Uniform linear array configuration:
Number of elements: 32
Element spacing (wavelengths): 0.25
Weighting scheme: exponential
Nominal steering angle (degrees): -60
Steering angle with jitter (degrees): -59.836
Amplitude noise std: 0.05
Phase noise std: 0.05

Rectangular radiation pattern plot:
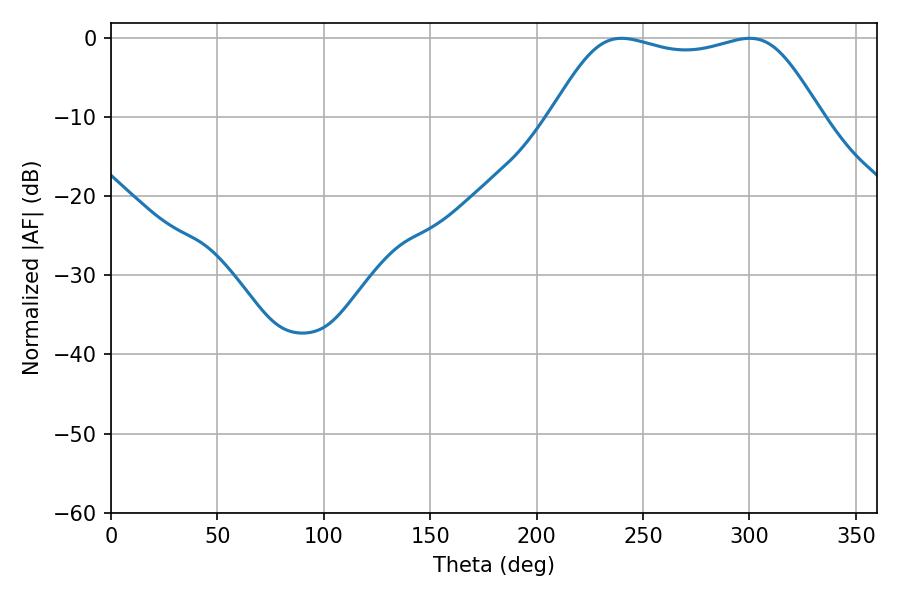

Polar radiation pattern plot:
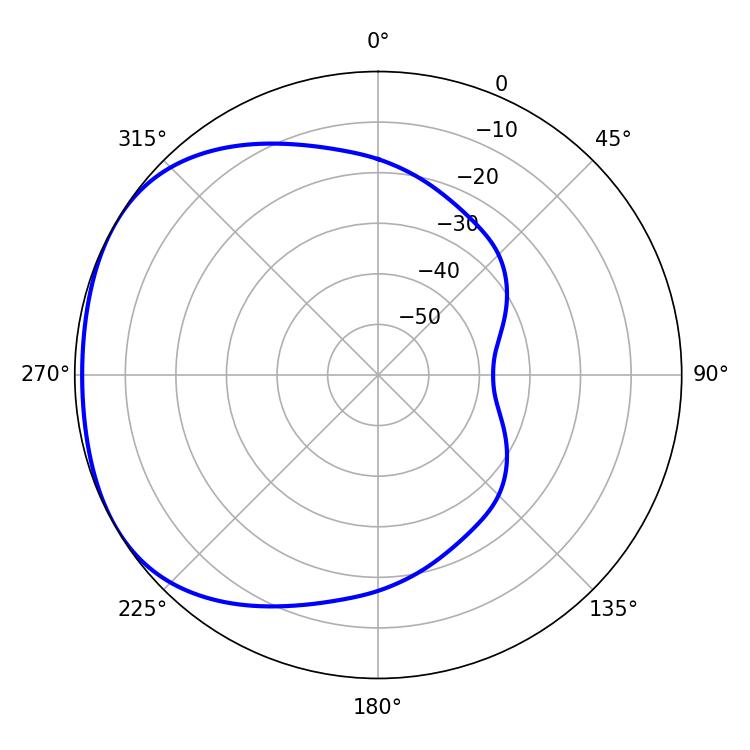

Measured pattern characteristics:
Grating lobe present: FALSE
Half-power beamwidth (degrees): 96.84
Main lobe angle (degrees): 239.94